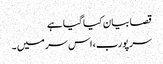
قصا بیان کیا گیا ہے
سر پورب، اس سر میں ۔